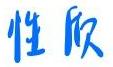
性 质